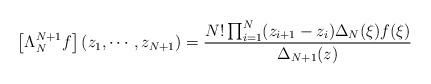
LaTeX: \begin{align*}\left[\Lambda_N^{N+1}f\right](z_1,\cdots,z_{N+1})=\frac{N!\prod_{i=1}^{N}(z_{i+1}-z_i)\Delta_N(\xi)f(\xi)}{\Delta_{N+1}(z)}\end{align*}